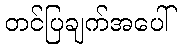
တင်ပြချက်အပေါ်